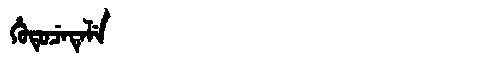
Manchu: ᡥᡠᡨᡠᠴᡝᡨᡝᠯᡝ
Romanization: HUTUCETELE